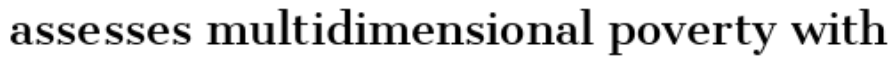
assesses multidimensional poverty with